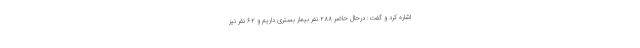
اشاره کرد و گفت: درحال حاضر ۲۸۸ نفر بیمار بستری داریم و ۶۲ نفر نیز